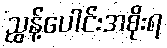
ညွန့်ပေါင်းအစိုးရ